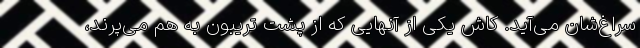
سراغ‌شان می‌آید. کاش یکی از آنهایی که از پشت تریبون به هم می‌پرند،